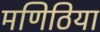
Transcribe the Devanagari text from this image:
मणिठिया